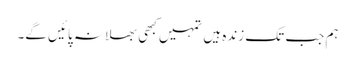
ہم جب تک زندہ ہیں تمہیں کبھی بھلا نہ پائیں گے۔